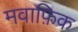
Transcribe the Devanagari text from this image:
मवाफ़िक